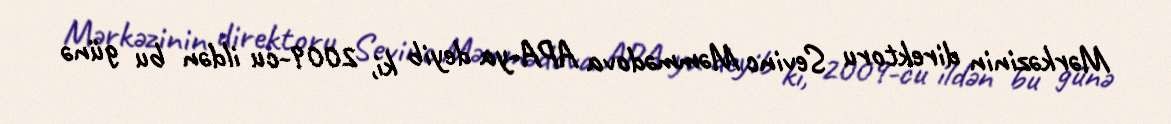
Mərkəzinin direktoru Sevinc Məmmədova APA-ya deyib ki, 2009-cu ildən bu günə